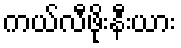
ကယ်လီဖိုးနီးယား